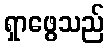
ရှာဖွေသည်